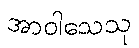
အာဝါသေသု